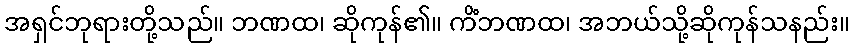
အရှင်ဘုရားတို့သည်။ ဘဏထ၊ ဆိုကုန်၏။ ကိံဘဏထ၊ အဘယ်သို့ဆိုကုန်သနည်း။